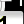
Digit: 1